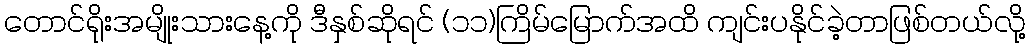
တောင်ရိုးအမျိုးသားနေ့ကို ဒီနှစ်ဆိုရင် (၁၁)ကြိမ်မြောက်အထိ ကျင်းပနိုင်ခဲ့တာဖြစ်တယ်လို့